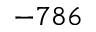
- 7 8 6